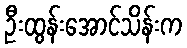
ဦးထွန်းအောင်သိန်းက